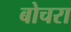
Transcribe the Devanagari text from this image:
बोचरा